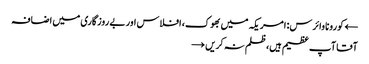
← کورونا وائرس: امریکہ میں بھوک، افلاس اور بے روزگاری میں اضافہ
آقا آپ عظیم ہیں، ظلم نہ کریں →